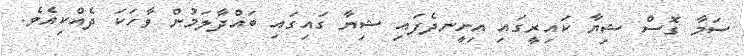
ސަމާ ގޮސް ޝިޔާ ކައިރީގައި އިށީނދެފައި ޝިޔާ ގައިގައި ބައްދާލަމުން ވާހަކަ ދެއްކިއެވެ.